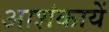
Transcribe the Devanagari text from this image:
आशंकायें